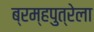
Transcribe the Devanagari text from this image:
ब्रम्हपुत्रेला